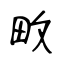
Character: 畋